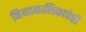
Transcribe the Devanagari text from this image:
नियतकालिकाचेही